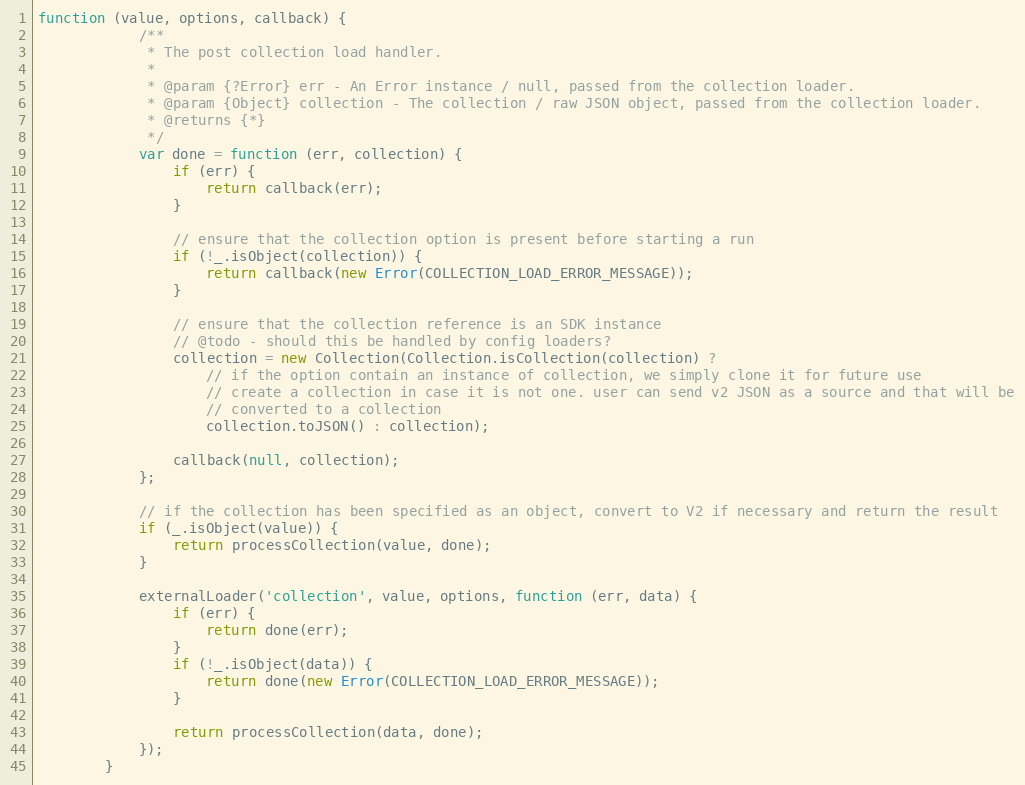
Language: JavaScript
function (value, options, callback) {
            /**
             * The post collection load handler.
             *
             * @param {?Error} err - An Error instance / null, passed from the collection loader.
             * @param {Object} collection - The collection / raw JSON object, passed from the collection loader.
             * @returns {*}
             */
            var done = function (err, collection) {
                if (err) {
                    return callback(err);
                }

                // ensure that the collection option is present before starting a run
                if (!_.isObject(collection)) {
                    return callback(new Error(COLLECTION_LOAD_ERROR_MESSAGE));
                }

                // ensure that the collection reference is an SDK instance
                // @todo - should this be handled by config loaders?
                collection = new Collection(Collection.isCollection(collection) ?
                    // if the option contain an instance of collection, we simply clone it for future use
                    // create a collection in case it is not one. user can send v2 JSON as a source and that will be
                    // converted to a collection
                    collection.toJSON() : collection);

                callback(null, collection);
            };

            // if the collection has been specified as an object, convert to V2 if necessary and return the result
            if (_.isObject(value)) {
                return processCollection(value, done);
            }

            externalLoader('collection', value, options, function (err, data) {
                if (err) {
                    return done(err);
                }
                if (!_.isObject(data)) {
                    return done(new Error(COLLECTION_LOAD_ERROR_MESSAGE));
                }

                return processCollection(data, done);
            });
        }